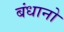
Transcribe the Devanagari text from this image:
बंधानो